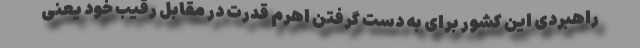
راهبردی این کشور برای به دست گرفتن اهرم قدرت در مقابل رقیب خود یعنی